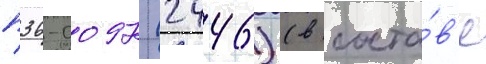
п36-0097 (2446) (в соста́в'е